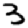
Digit: 3